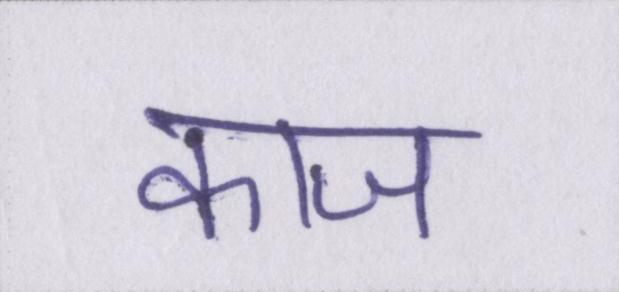
काज